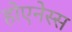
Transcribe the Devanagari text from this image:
होएनेस्स